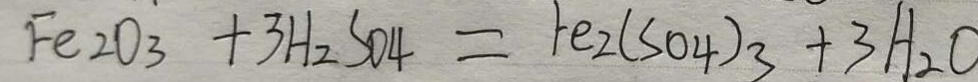
F e _ { 2 } O _ { 3 } + 3 H _ { 2 } S O _ { 4 } = F e _ { 2 } ( S O _ { 4 } ) _ { 3 } + 3 H _ { 2 } O